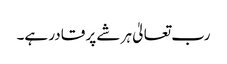
رب تعالیٰ ہر شے پر قادر ہے۔